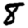
Digit: 8